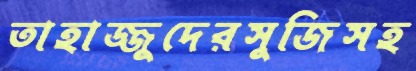
তাহাজ্জুদেরসুজিসহ